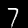
Label: 7